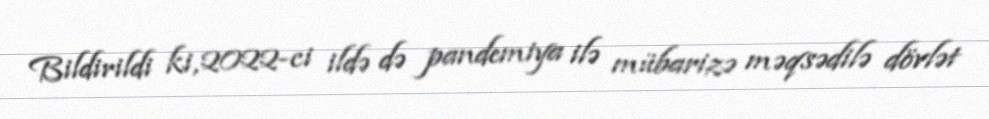
Bildirildi ki, 2022-ci ildə də pandemiya ilə mübarizə məqsədilə dövlət